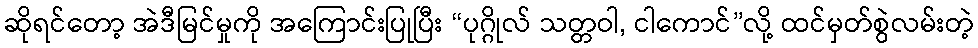
ဆိုရင်တော့ အဲဒီမြင်မှုကို အကြောင်းပြုပြီး “ပုဂ္ဂိုလ် သတ္တဝါ, ငါကောင်”လို့ ထင်မှတ်စွဲလမ်းတဲ့